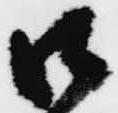
御